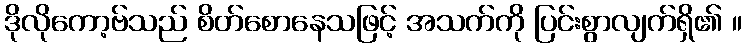
ဒိုလိုကော့ဗ်သည် စိတ်စောနေသဖြင့် အသက်ကို ပြင်းစွာလျက်ရှိ၏ ။